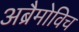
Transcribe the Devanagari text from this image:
अब्रैमोविच